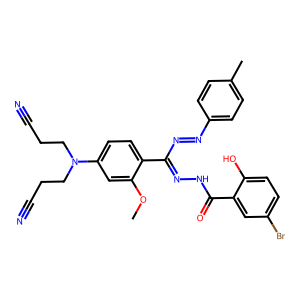
SMILES: COc1cc(N(CCC#N)CCC#N)ccc1C(N=Nc1ccc(C)cc1)=NNC(=O)c1cc(Br)ccc1O
Inhibits HIV replication: No